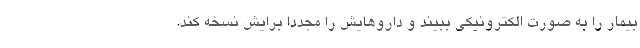
بیمار را به صورت الکترونیکی ببیند و داروهایش را مجددا برایش نسخه کند.